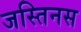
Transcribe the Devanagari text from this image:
जस्तिनस